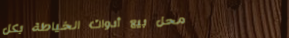
محل بيع أدوات الخياطة بكل